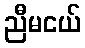
ညီမငယ်